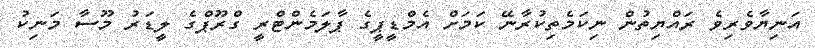
އަނިޔާވެރިވެ ރައްޔިތުން ނިކަމެތިކުރާނޭ ކަމަށް އެމްޑީޕީގެ ޕާލަމެންޓްރީ ގްރޫޕްގެ ލީޑަރު މޫސާ މަނިކު